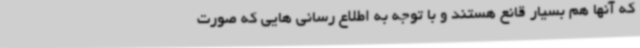
که آنها هم بسیار قانع هستند و با توجه به اطلاع رسانی هایی که صورت